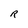
Character: R